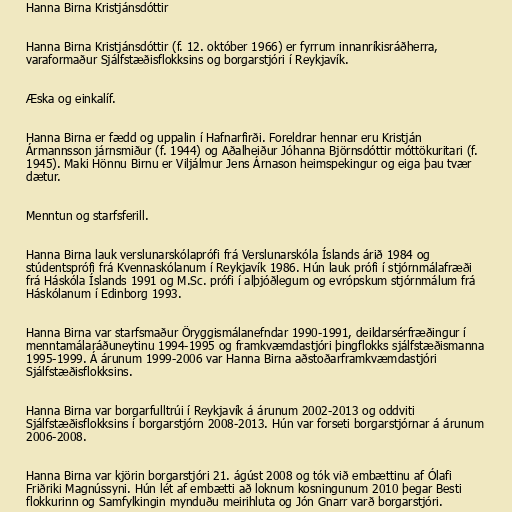
Hanna Birna Kristjánsdóttir

Hanna Birna Kristjánsdóttir (f. 12. október 1966) er fyrrum innanríkisráðherra,
varaformaður Sjálfstæðisflokksins og borgarstjóri í Reykjavík.

Æska og einkalíf.

Hanna Birna er fædd og uppalin í Hafnarfirði. Foreldrar hennar eru Kristján
Ármannsson járnsmiður (f. 1944) og Aðalheiður Jóhanna Björnsdóttir móttökuritari (f.
1945). Maki Hönnu Birnu er Viljálmur Jens Árnason heimspekingur og eiga þau tvær
dætur.

Menntun og starfsferill.

Hanna Birna lauk verslunarskólaprófi frá Verslunarskóla Íslands árið 1984 og
stúdentsprófi frá Kvennaskólanum í Reykjavík 1986. Hún lauk prófi í stjórnmálafræði
frá Háskóla Íslands 1991 og M.Sc. prófi í alþjóðlegum og evrópskum stjórnmálum frá
Háskólanum í Edinborg 1993.

Hanna Birna var starfsmaður Öryggismálanefndar 1990-1991, deildarsérfræðingur í
menntamálaráðuneytinu 1994-1995 og framkvæmdastjóri þingflokks sjálfstæðismanna
1995-1999. Á árunum 1999-2006 var Hanna Birna aðstoðarframkvæmdastjóri
Sjálfstæðisflokksins.

Hanna Birna var borgarfulltrúi í Reykjavík á árunum 2002-2013 og oddviti
Sjálfstæðisflokksins í borgarstjórn 2008-2013. Hún var forseti borgarstjórnar á árunum
2006-2008.

Hanna Birna var kjörin borgarstjóri 21. ágúst 2008 og tók við embættinu af Ólafi
Friðriki Magnússyni. Hún lét af embætti að loknum kosningunum 2010 þegar Besti
flokkurinn og Samfylkingin mynduðu meirihluta og Jón Gnarr varð borgarstjóri.